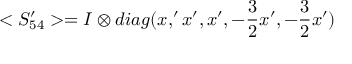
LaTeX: < S _ { 5 4 } ^ { \prime } > = I \otimes d i a g ( x , ^ { \prime } x ^ { \prime } , x ^ { \prime } , - { \frac { 3 } { 2 } } x ^ { \prime } , - { \frac { 3 } { 2 } } x ^ { \prime } )